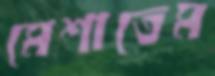
মেশাতেম